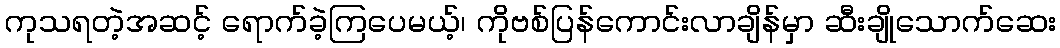
ကုသရတဲ့အဆင့် ရောက်ခဲ့ကြပေမယ့်၊ ကိုဗစ်ပြန်ကောင်းလာချိန်မှာ ဆီးချိုသောက်ဆေး